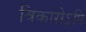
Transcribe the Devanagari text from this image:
विकारोऽपि